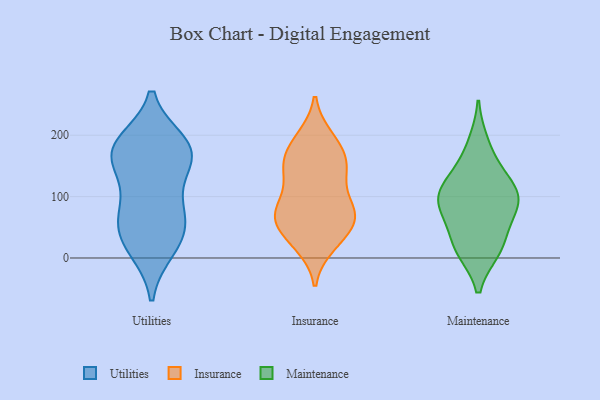
{"axis": {"x": "Energy Usage (MWh)", "y": "Value"}, "legend": ["Insurance", "Maintenance", "Utilities"], "data": [{"x": "", "y": 91, "type": "Utilities"}, {"x": "", "y": 177, "type": "Utilities"}, {"x": "", "y": 62, "type": "Utilities"}, {"x": "", "y": 42, "type": "Utilities"}, {"x": "", "y": 16, "type": "Utilities"}, {"x": "", "y": 164, "type": "Utilities"}, {"x": "", "y": 25, "type": "Utilities"}, {"x": "", "y": 186, "type": "Utilities"}, {"x": "", "y": 176, "type": "Utilities"}, {"x": "", "y": 173, "type": "Utilities"}, {"x": "", "y": 75, "type": "Utilities"}, {"x": "", "y": 154, "type": "Utilities"}, {"x": "", "y": 180, "type": "Insurance"}, {"x": "", "y": 24, "type": "Insurance"}, {"x": "", "y": 196, "type": "Insurance"}, {"x": "", "y": 51, "type": "Insurance"}, {"x": "", "y": 158, "type": "Insurance"}, {"x": "", "y": 80, "type": "Insurance"}, {"x": "", "y": 21, "type": "Insurance"}, {"x": "", "y": 62, "type": "Insurance"}, {"x": "", "y": 195, "type": "Insurance"}, {"x": "", "y": 76, "type": "Insurance"}, {"x": "", "y": 124, "type": "Insurance"}, {"x": "", "y": 134, "type": "Insurance"}, {"x": "", "y": 159, "type": "Insurance"}, {"x": "", "y": 35, "type": "Insurance"}, {"x": "", "y": 152, "type": "Insurance"}, {"x": "", "y": 144, "type": "Insurance"}, {"x": "", "y": 66, "type": "Insurance"}, {"x": "", "y": 82, "type": "Insurance"}, {"x": "", "y": 81, "type": "Insurance"}, {"x": "", "y": 67, "type": "Insurance"}, {"x": "", "y": 95, "type": "Maintenance"}, {"x": "", "y": 20, "type": "Maintenance"}, {"x": "", "y": 77, "type": "Maintenance"}, {"x": "", "y": 104, "type": "Maintenance"}, {"x": "", "y": 13, "type": "Maintenance"}, {"x": "", "y": 98, "type": "Maintenance"}, {"x": "", "y": 97, "type": "Maintenance"}, {"x": "", "y": 15, "type": "Maintenance"}, {"x": "", "y": 126, "type": "Maintenance"}, {"x": "", "y": 147, "type": "Maintenance"}, {"x": "", "y": 57, "type": "Maintenance"}, {"x": "", "y": 187, "type": "Maintenance"}]}